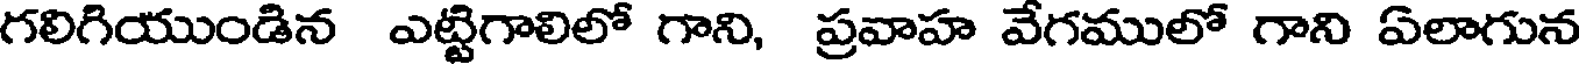
గలిగియుండిన ఎట్టిగాలిలో గాని, ప్రవాహ వేగములో గాని ఏలాగున